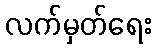
လက်မှတ်ရေး